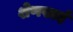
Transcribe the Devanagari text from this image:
शेणखाई